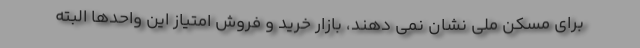
برای مسکن ملی نشان نمی دهند، بازار خرید و فروش امتیاز این واحدها البته